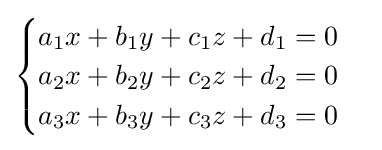
{\begin{cases}a_{1}x+b_{1}y+c_{1}z+d_{1}=0\\a_{2}x+b_{2}y+c_{2}z+d_{2}=0\\a_{3}x+b_{3}y+c_{3}z+d_{3}=0\end{cases}}